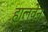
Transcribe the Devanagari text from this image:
हालवेन